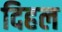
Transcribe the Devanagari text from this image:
दिहल